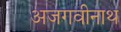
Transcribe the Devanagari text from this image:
अजगवीनाथ